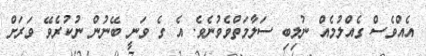
އެއްވެސް ގެއްލުމެއް ނުލިބި ސަލާމަތްވެވުނެވެ. އެ ގެ ވަނީ ބޭނުން ނުކުރެވޭ ވަރަށް